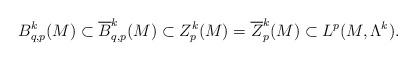
LaTeX: \begin{align*}B_{q,p}^{k}(M)\subset\overline{B}_{q,p}^{k}(M)\subset Z_{p}^{k}(M)=\overline{Z}_{p}^{k}(M)\subset L^{p}(M,\Lambda^{k}).\end{align*}